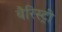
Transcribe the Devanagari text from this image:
बैरिस्ट्री